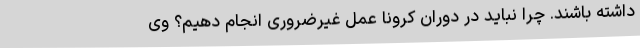
داشته باشند. چرا نباید در دوران کرونا عمل غیرضروری انجام دهیم؟ وی